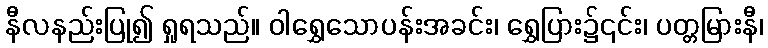
နီလနည်းပြု၍ ရှုရသည်။ ဝါရွှေသောပန်းအခင်း၊ ရွှေပြား၌၎င်း၊ ပတ္တမြားနီ၊